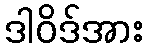
ဒါဝိဒ်အား